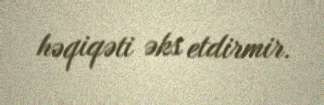
həqiqəti əks etdirmir.